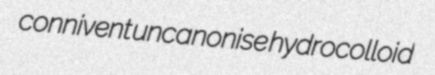
connivent uncanonise hydrocolloid